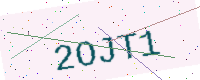
Text: 2OJT1